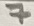
Text: 7